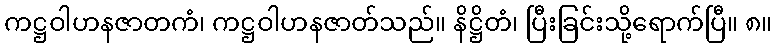
ကဋ္ဌဝါဟနဇာတကံ၊ ကဋ္ဌဝါဟနဇာတ်သည်။ နိဋ္ဌိတံ၊ ပြီးခြင်းသို့ရောက်ပြီ။ ၈။